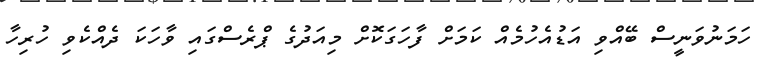
ހަމަނުވަނީސް ބޭއްވި އަޑުއެހުމެއް ކަމަށް ފާހަގަކޮށް މިއަދުގެ ޕްރެސްގައި ވާހަކަ ދެއްކެވި ހުރިހާ